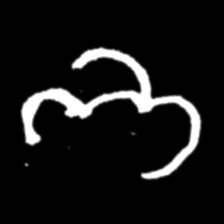
Pyu character \u2014 Myanmar letter: ဘ (romanized: bha)